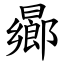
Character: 曏